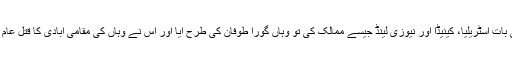
رہی بات آسٹریلیا، کینیڈا اور نیوزی لینڈ جیسے ممالک کی تو وہاں گورا طوفان کی طرح آیا اور اس نے وہاں کی مقامی آبادی کا قتل عام کیا۔